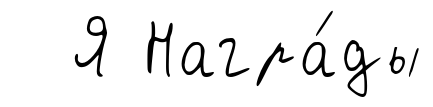
Я Награ́ды